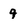
Character: q